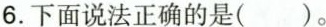
6.下面说法正确的是( )。